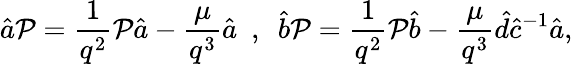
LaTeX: \hat{a}{\cal P}=\frac{1}{q^{2}}{\cal P}\hat{a}-\frac{\mu}{q^{3}}\hat{a}~~,~~\hat{b}{\cal P}=\frac{1}{q^{2}}{\cal P}\hat{b}-\frac{\mu}{q^{3}}\hat{d}\hat{c}^{-1}\hat{a},